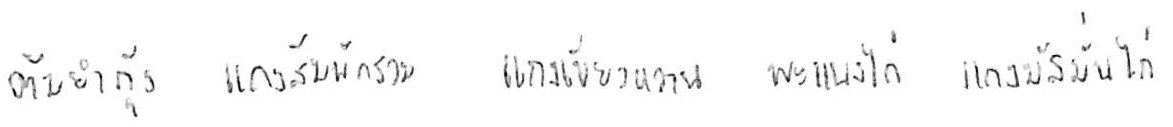
ต้มยำกุ้ง แกงส้มผักรวม แกงเขียวหวาน พะแนงไก่ แกงมัสมั่นไก่